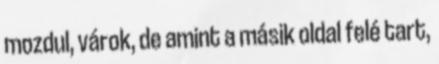
mozdul, várok, de amint a másik oldal felé tart,